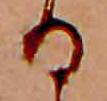
る